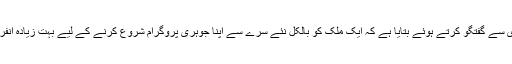
کرسٹر وکٹرسن نے العربیہ ٹی وی سے گفتگو کرتے ہوئے بتایا ہے کہ ایک ملک کو بالکل نئے سرے سے اپنا جوہری پروگرام شروع کرنے کے لیے بہت زیادہ انفرااسٹرکچر کی ضرورت ہوتی ہے۔